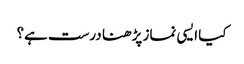
کیا ایسی نماز پڑھنا درست ہے؟